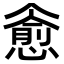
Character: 𪬪